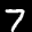
Label: 7